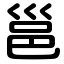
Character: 邕